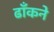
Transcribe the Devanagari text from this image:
ढाँकने